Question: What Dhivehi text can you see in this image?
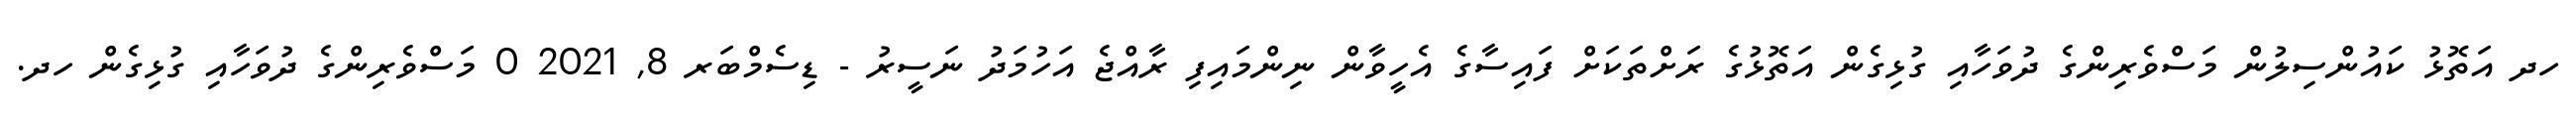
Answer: ހދ އަތޮޅު ކައުންސިލުން މަސްވެރިންގެ ދުވަހާއި ގުޅިގެން އަތޮޅުގެ ރަށްތަކަށް ފައިސާގެ އެހީވާން ނިންމައިފި ރާއްޖެ އަހުމަދު ނަސީރު - ޑިސެމްބަރ 8, 2021 0 މަސްވެރިންގެ ދުވަހާއި ގުޅިގެން ހދ.